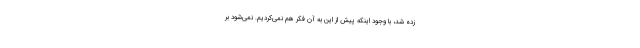
زده شد، با وجود اینکه پیش از این به آن فکر هم نمی‌کردیم. نمی‌شود بر